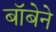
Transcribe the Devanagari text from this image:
बॉबेने